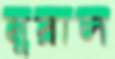
মুরাল